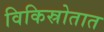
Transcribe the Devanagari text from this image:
विकिस्रोतात